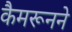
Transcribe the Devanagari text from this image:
कैमरूनने